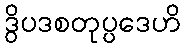
ဒွိပဒစတုပ္ပဒေဟိ